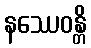
နဿေဝန္တိ